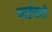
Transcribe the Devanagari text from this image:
वाईराडे